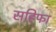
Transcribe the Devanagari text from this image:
सहिफा